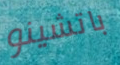
باتشينو